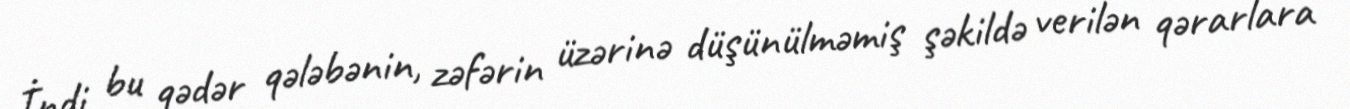
İndi bu qədər qələbənin, zəfərin üzərinə düşünülməmiş şəkildə verilən qərarlara